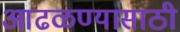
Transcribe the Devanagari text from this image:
आढळण्यासाठी